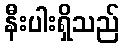
နီးပါးရှိသည်